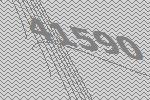
41590